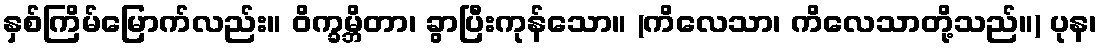
နှစ်ကြိမ်မြောက်လည်း။ ဝိက္ခမ္ဘိတာ၊ ခွာပြီးကုန်သော။ (ကိလေသာ၊ ကိလေသာတို့သည်။) ပုန၊